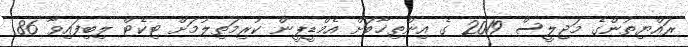
ރައްޔިތުންގެ މަޖިލީސް 2019 ގެ އިންތިޚާބަށް އެމްޑީޕީން ކުރިމަތިލުމަށް ޓިކެޓް ލިބިފައިވާ 86